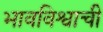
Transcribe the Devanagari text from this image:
भावविश्वाची